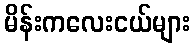
မိန်းကလေးငယ်များ